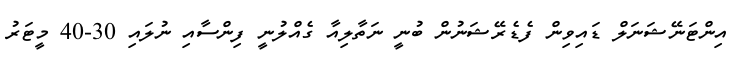
އިންޓަނޭޝަނަލް ޑައިވިން ފެޑެރޭޝަނުން ބުނީ ނަތާލިއާ ގެއްލުނީ ފިންސާއި ނުލައި 30-40 މީޓަރު